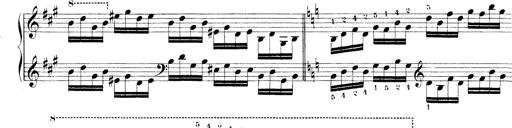
Title: Technische Studien
Composer: Franz Liszt